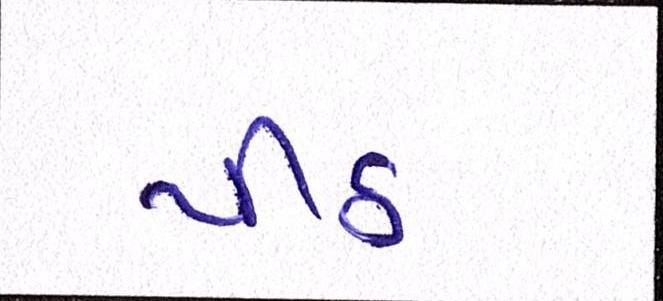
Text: પીઠ